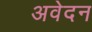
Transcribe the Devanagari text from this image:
अवेदन